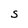
Character: S